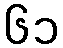
၆၁